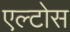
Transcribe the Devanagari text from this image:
एल्टोस